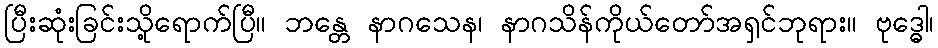
ပြီးဆုံးခြင်းသို့ရောက်ပြီ။ ဘန္တေ နာဂသေန၊ နာဂသိန်ကိုယ်တော်အရှင်ဘုရား။ ဗုဒ္ဓေါ၊